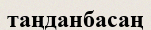
таңданбасаң